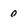
Character: 0